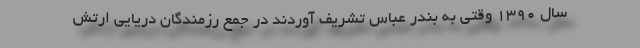
سال ۱۳۹۰ وقتی به بندر عباس تشریف آوردند در جمع رزمندگان دریایی ارتش